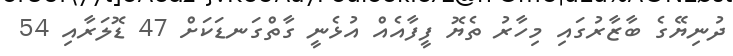
ދުނިޔޭގެ ބާޒާރުގައި މިހާރު ތެޔޮ ފީފާއެއް އުޅެނީ ގާތްގަނޑަކަށް 47 ޑޮލަރާއި 54